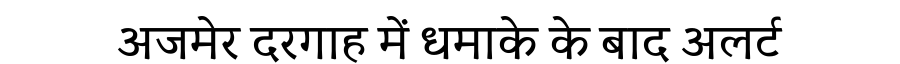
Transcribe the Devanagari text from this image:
अजमेर दरगाह में धमाके के बाद अलर्ट